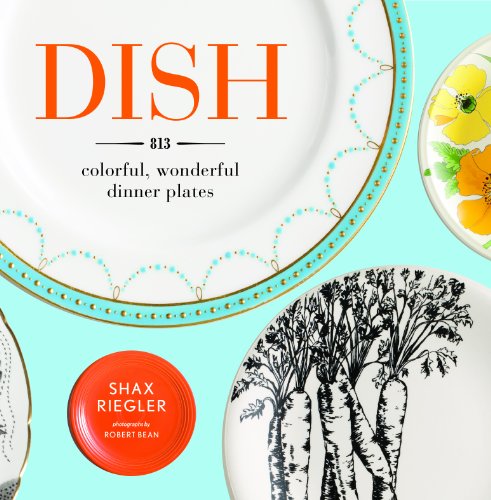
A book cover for Dish: 813 Colorful, Wonderful Dinner Plates; Shax Riegler; Cookbooks, Food & Wine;